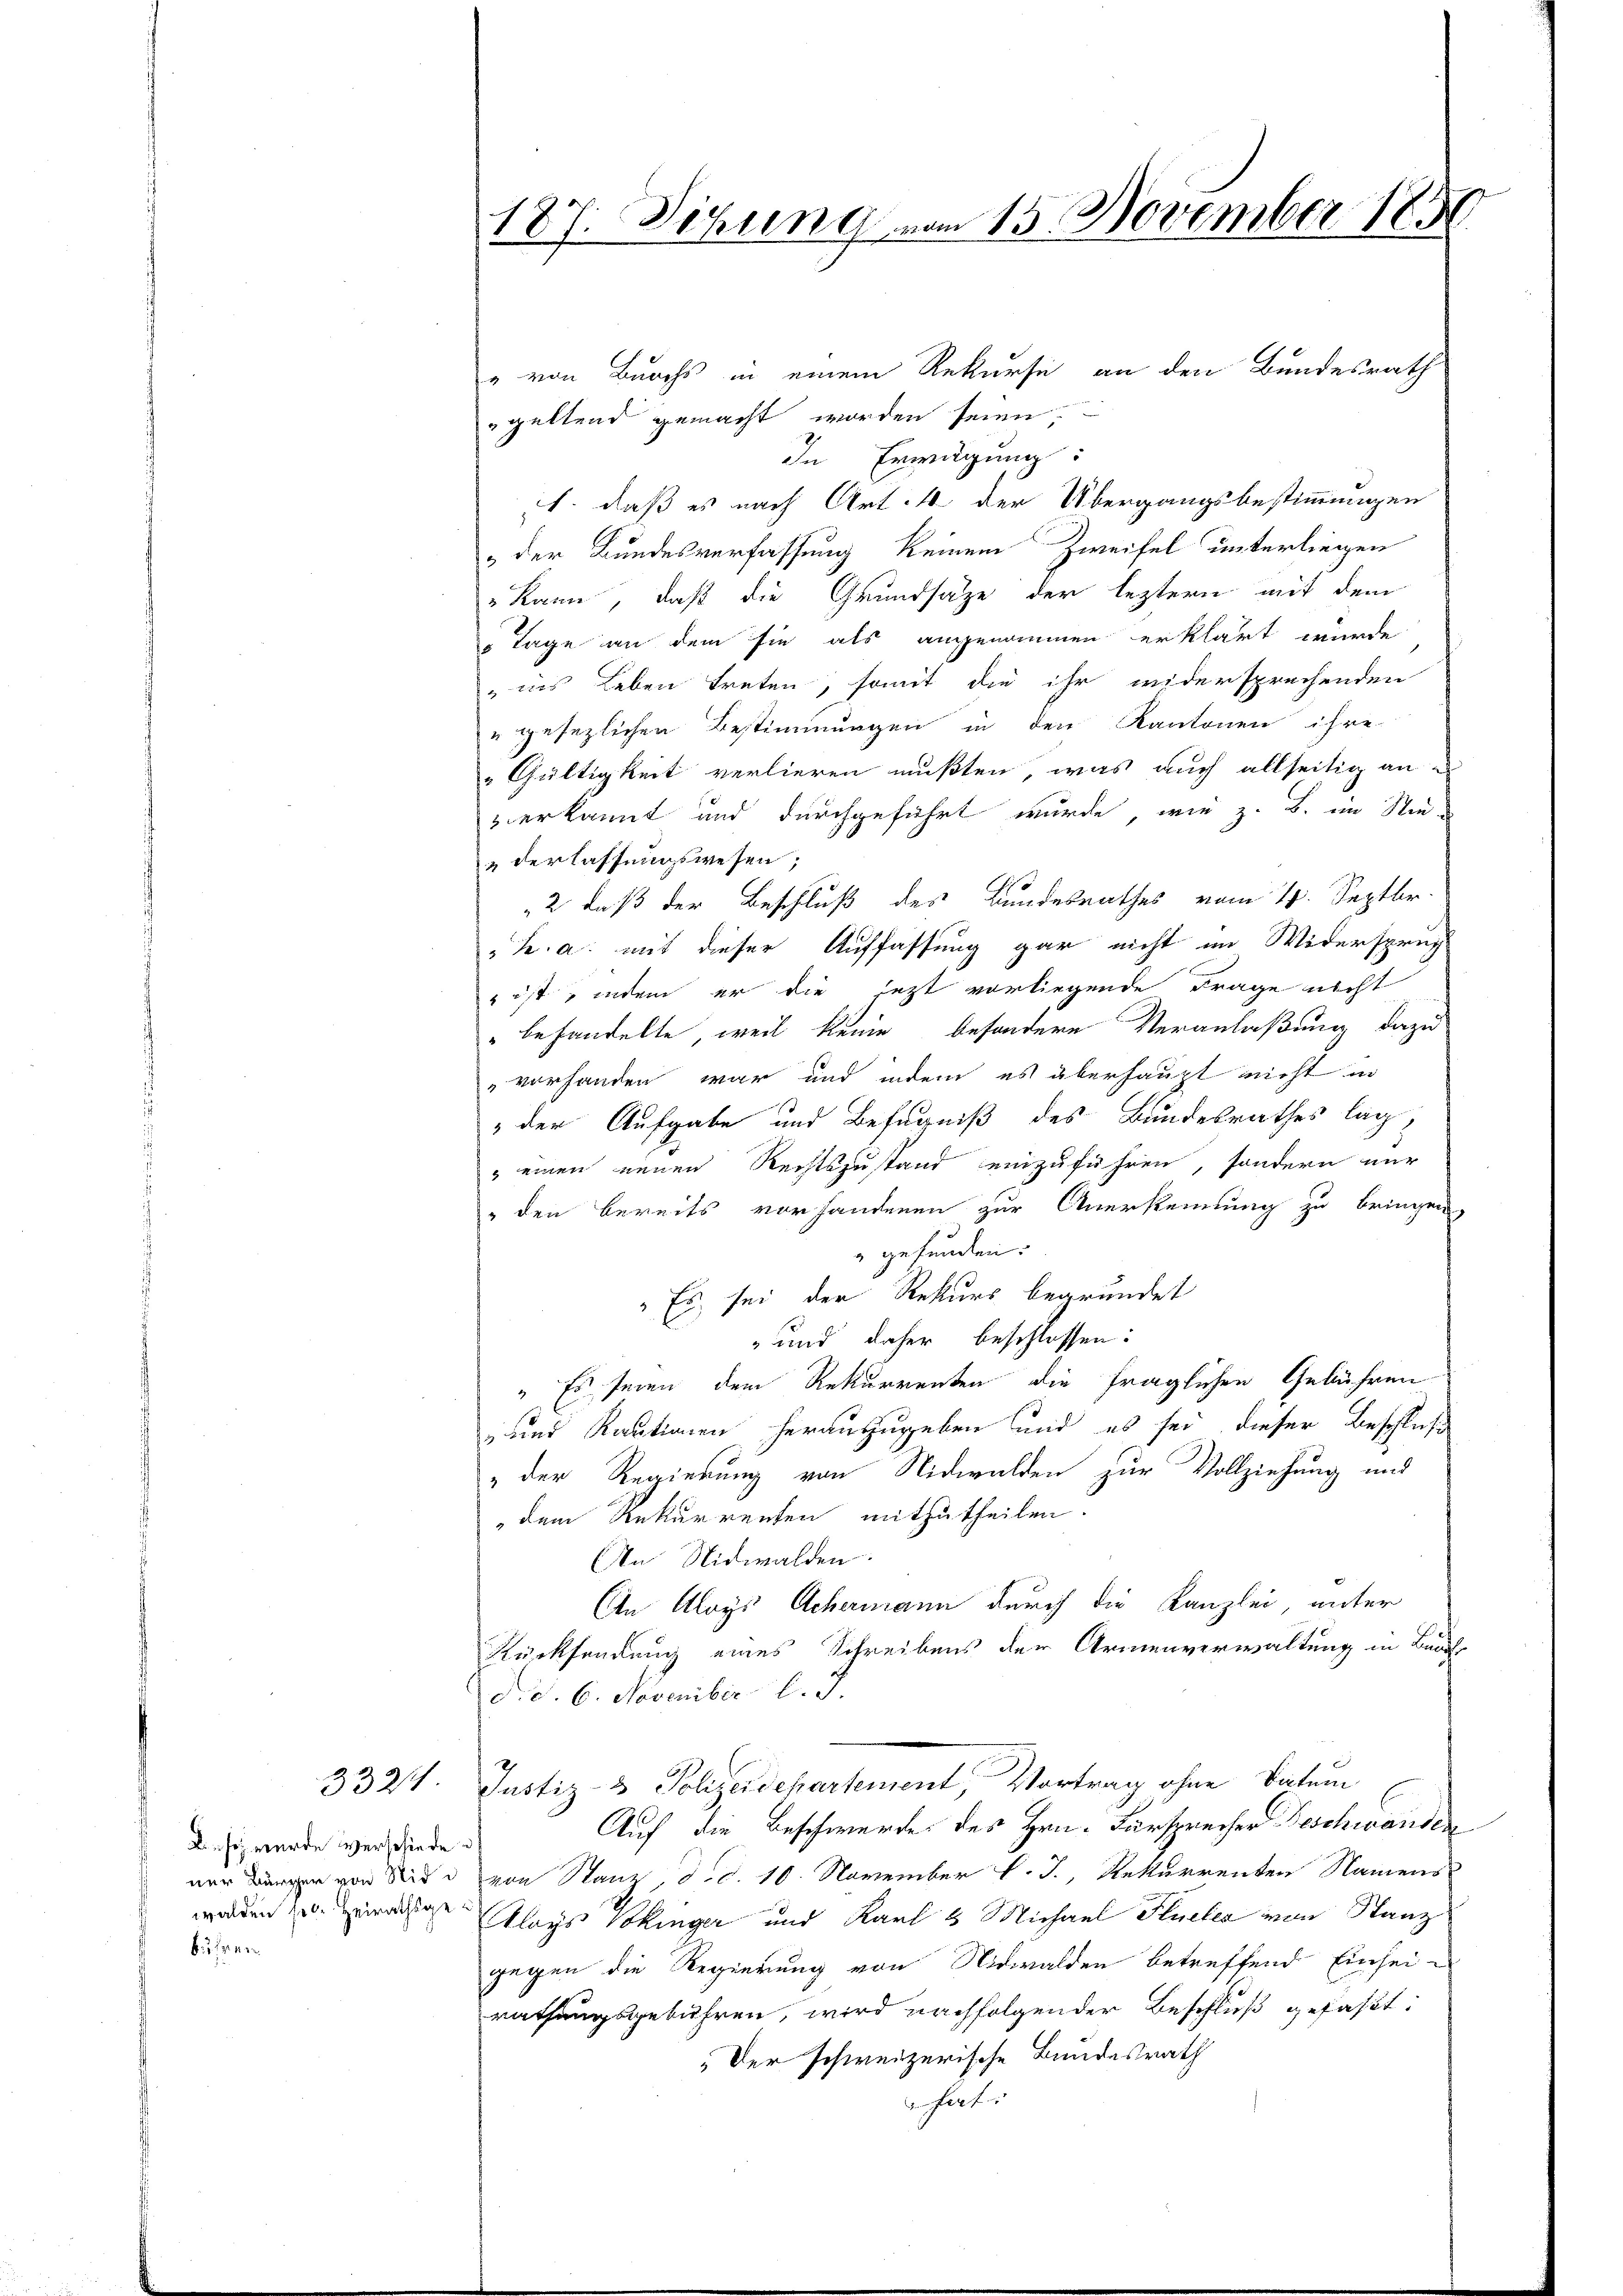
A. so wurde verschiede
walden sol. Heirathsgebussen

" von Burchs in einem Rekurse an den Bundesrath
geltend gemacht worden seien.
In Erwägung:
1. daß es nach Art. 4 der Übergangsbestimmungen
& der Bundesverfassung keinem Zweifel unterliegen
" kann, daß die Grundsätze der leztern mit dem
 Tage an dem sie als angenommen erklärt wurde
" ins Leben treten, somit die ihr widersprechenden
" gesezlichen Bestimmungen in den Kantonen ihre
„Gültigkeit verlieren mußten, was auch allseitig an e
verkannt und durchgeführt wurde, wie z. B. im Stiederlassungswesen;
2 daß der Beschluß des Bundesrathes vom 19. Septbr.
½. a. mit dieser Auffassung gar nicht im Widerspruch
" ist, indem er die jezt vorliegende Frage nicht
" behandelte, weil keine besondere Veranlaßung dazu
vorhanden war und indem es überhaupt nicht in
" der Aufgabe und Befugniß des Bundesrathes lag,
" einen neuen Rechtszustand einzuführen, sondern nur
" den bereits vorhandenen zur Anersteilung zu bringen,
 gefunden:
"Es sei der Rekurs begründet
 und daher beschlossen:
" Es seien dem Rekurrenten die fraglichen Gebühren
 und Kautionen herauszugeben und es sei dieser Beschluß
" der Regierung von Nidwalden zur Vollziehung und
dem Rekurrenten mitzutheilen.
An Nidwalden
An Aloys Achermann durch die Kanzlei, unter
Rücksendung eines Schreibens der Armenverwaltung in Bar
d.d. 6. November l. J.
3324. Justiz- & Polzerschartement, Vortrag ohne Datum
Auf die Beschwerde des Hrn. Fürsprecher Beschwander
ner Länger von Seite von Stanz, d. d. 10. November l. J., Rekurrenten Namens
Aloys Vokinger und Karl 8 Michael Flüeler von Stanz
gegen die Regierung von Nidwalden betreffend Einseirathungsgebühren, wird nachfolgender Beschluß gefaßt:
Der schweizerische Bundesrath
 hart

187. Sitzung vom 15. November 185